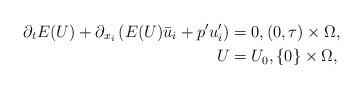
LaTeX: \begin{align*}\partial_t E(U) +\partial_{x_i} \left(E(U) \bar{u}_i+ p' u_i'\right)&=0, (0,\tau) \times \Omega, \\U&=U_0, \{0\} \times \Omega,\end{align*}